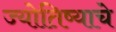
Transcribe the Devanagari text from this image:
ज्योतिष्याचे